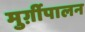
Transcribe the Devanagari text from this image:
मुर्ग़ीपालन